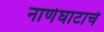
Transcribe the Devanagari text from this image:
नाणेघाटाचे